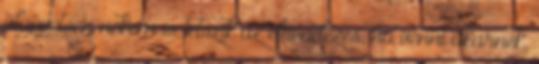
alapvetően nekem is tetszik az elrendezés, ha venni akarnék,